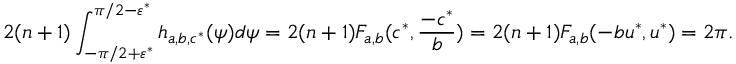
2 ( n + 1 ) \int _ { - \pi / 2 + \varepsilon ^ { * } } ^ { \pi / 2 - \varepsilon ^ { * } } h _ { a , b , c ^ { * } } ( \psi ) d \psi = 2 ( n + 1 ) F _ { a , b } ( c ^ { * } , \frac { - c ^ { * } } { b } ) = 2 ( n + 1 ) F _ { a , b } ( - b u ^ { * } , u ^ { * } ) = 2 \pi .